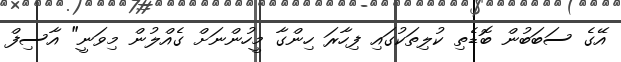
އޭގެ ސަބަބުން ބޮޑެތި ކުލިތަކުގައި ފިހާރަ ހިންގާ މީހުންނަށް ގެއްލުން މިވަނީ" އާސިފް